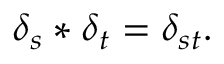
\delta _ { s } * \delta _ { t } = \delta _ { s t } .